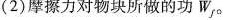
(2)摩擦力对物块所做的功W_{f}。